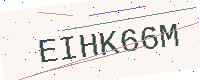
Text: EIHK66M